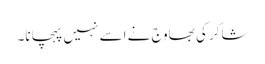
شاکر کی بھاوج نے اسے نہیں پہچانا۔